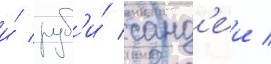
и́ руб'и́ санд'еи /